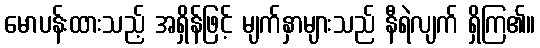
မောပန်းထားသည့် အရှိန်ဖြင့် မျက်နှာများသည် နီရဲလျက် ရှိကြ၏။